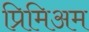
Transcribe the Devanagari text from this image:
प्रिमिअम